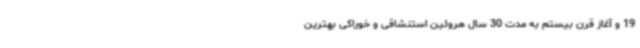
19 و آغاز قرن‌ بیستم به مدت 30 سال هروئین استنشاقی و خوراکی بهترین